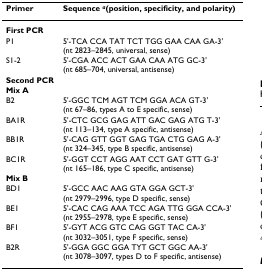
<table><thead><tr><td><b>Primer</b></td><td><b>Sequence <sup><i>a</i></sup>(position, specificity, and polarity)</b></td></tr></thead><tbody><tr><td><b>First PCR</b></td><td></td></tr><tr><td>P1</td><td>5&#x27;-TCA CCA TAT TCT TGG GAA CAA GA-3&#x27;(nt 2823–2845, universal, sense)</td></tr><tr><td>S1-2</td><td>5&#x27;-CGA ACC ACT GAA CAA ATG GC-3&#x27;(nt 685–704, universal, antisense)</td></tr><tr><td><b>Second PCR</b></td><td></td></tr><tr><td><b>Mix A</b></td><td></td></tr><tr><td>B2</td><td>5&#x27;-GGC TCM AGT TCM GGA ACA GT-3&#x27;(nt 67–86, types A to E specific, sense)</td></tr><tr><td>BA1R</td><td>5&#x27;-CTC GCG GAG ATT GAC GAG ATG T-3&#x27;(nt 113–134, type A specific, antisense)</td></tr><tr><td>BB1R</td><td>5&#x27;-CAG GTT GGT GAG TGA CTG GAG A-3&#x27;(nt 324–345, type B specific, antisense)</td></tr><tr><td>BC1R</td><td>5&#x27;-GGT CCT AGG AAT CCT GAT GTT G-3&#x27;(nt 165–186, type C specific, antisense)</td></tr><tr><td><b>Mix B</b></td><td></td></tr><tr><td>BD1</td><td>5&#x27;-GCC AAC AAG GTA GGA GCT-3&#x27;(nt 2979–2996, type D specific, sense)</td></tr><tr><td>BE1</td><td>5&#x27;-CAC CAG AAA TCC AGA TTG GGA CCA-3&#x27;(nt 2955–2978, type E specific, sense)</td></tr><tr><td>BF1</td><td>5&#x27;-GYT ACG GTC CAG GGT TAC CA-3&#x27;(nt 3032–3051, type F specific, sense)</td></tr><tr><td>B2R</td><td>5&#x27;-GGA GGC GGA TYT GCT GGC AA-3&#x27;(nt 3078–3097, types D to F specific, antisense)</td></tr></tbody></table>